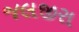
જલજીરા